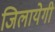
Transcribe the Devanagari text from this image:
जिलायेगी